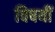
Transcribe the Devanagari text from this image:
विषयीं